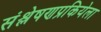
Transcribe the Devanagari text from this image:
संश्लेषणप्रकियेला